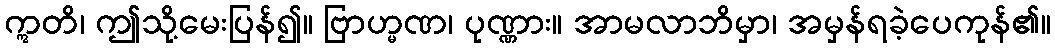
ဣတိ၊ ဤသို့မေးပြန်၍။ ဗြာဟ္မဏ၊ ပုဏ္ဏား။ အာမလာဘိမှာ၊ အမှန်ရခဲ့ပေကုန်၏။